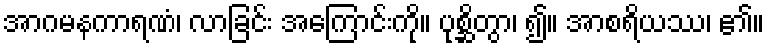
အာဂမနကာရဏံ၊ လာခြင်း အကြောင်းကို။ ပုစ္ဆိတွာ၊ ၍။ အာစရိယဿ၊ ၏။